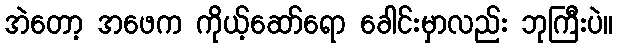
အဲတော့ အဖေက ကိုယ့်ဆော်ရော ခေါင်းမှာလည်း ဘုကြီးပဲ။